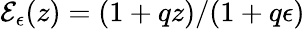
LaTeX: \mathcal{E}_{\epsilon}(z)=(1+qz)/(1+q\epsilon)